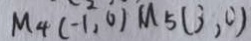
M _ { 4 } ( - 1 , 0 ) M _ { 5 } ( 3 , 0 )